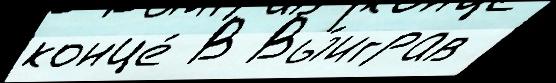
конце́ В Вы́играв